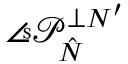
\angles { \mathcal { P } } _ { \hat { N } } ^ { \perp N ^ { \prime } }